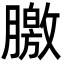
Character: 𣎣